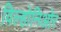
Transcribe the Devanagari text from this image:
विल्होनिओर